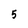
Character: 5